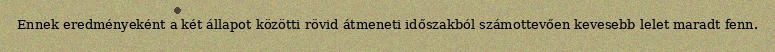
Ennek eredményeként a két állapot közötti rövid átmeneti időszakból számottevően kevesebb lelet maradt fenn.